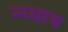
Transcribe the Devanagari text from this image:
न्य्याय